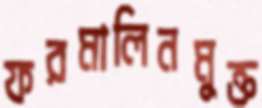
ফরমালিনমুক্ত